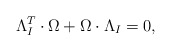
\begin{align*}\Lambda_{I}^{T}\cdot\Omega +\Omega \cdot \Lambda_{I}=0,\end{align*}